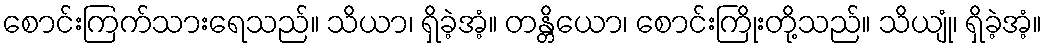
စောင်းကြက်သားရေသည်။ သိယာ၊ ရှိခဲ့အံ့။ တန္တိယော၊ စောင်းကြိုးတို့သည်။ သိယျုံ၊ ရှိခဲ့အံ့။